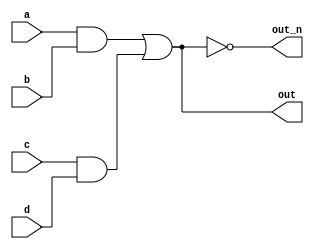
`default_nettype none
module top_module(
    input a,
    input b,
    input c,
    input d,
    output wire out,
    output out_n); 
    wire k,l;
    and (k,a,b);
    and (l,c,d);
    or (out,k,l);
    not (out_n,out);   

    /*assign k = a&b;
    assign l = c&d;
    assign out = k|l;
    assign out_n = ~out;
      */ 

endmodule